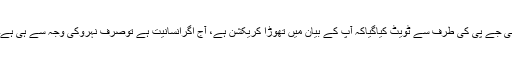
بی جے پی کی طرف سے ٹویٹ کیاگیاکہ آپ کے بیان میں تھوڑا کریکشن ہے، آج اگرانسانیت ہے توصرف نہروکی وجہ سے ہی ہے۔